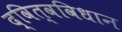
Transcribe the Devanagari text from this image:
द्वित्वविधान